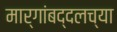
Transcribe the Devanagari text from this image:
मार्गांबद्दलच्या